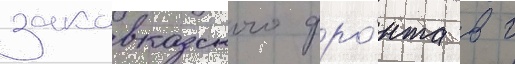
закавказского фро́нта в г